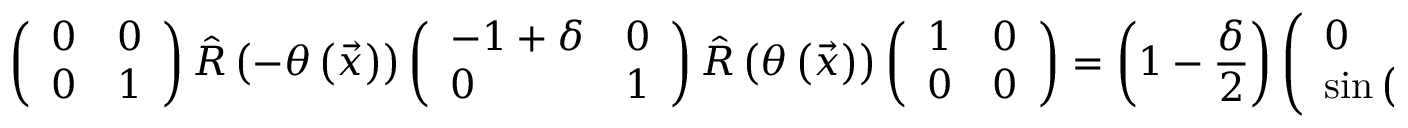
\left( \begin{array} { l l } { 0 } & { 0 } \\ { 0 } & { 1 } \end{array} \right) \hat { R } \left( - \theta \left( \vec { x } \right) \right) \left( \begin{array} { l l } { - 1 + \delta } & { 0 } \\ { 0 } & { 1 } \end{array} \right) \hat { R } \left( \theta \left( \vec { x } \right) \right) \left( \begin{array} { l l } { 1 } & { 0 } \\ { 0 } & { 0 } \end{array} \right) = \left( 1 - \frac { \delta } { 2 } \right) \left( \begin{array} { l l } { 0 } & { 0 } \\ { \sin { \left( 2 \theta \left( \vec { x } \right) \right) } } & { 0 } \end{array} \right) ,